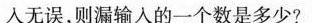
人无误，则漏输入的一个数是多少?